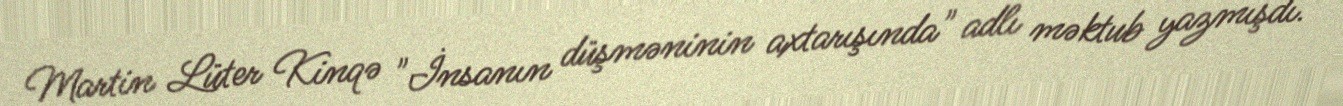
Martin Lüter Kinqə "İnsanın düşməninin axtarışında" adlı məktub yazmışdı.